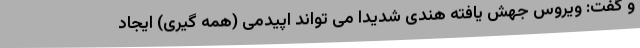
و گفت: ویروس جهش یافته هندی شدیدا می تواند اپیدمی (همه گیری) ایجاد